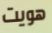
هويت